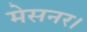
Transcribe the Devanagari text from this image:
मेसनर।